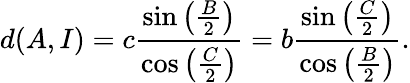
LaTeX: d(A,I)=c{\frac{\sin\left({\frac{B}{2}}\right)}{\cos\left({\frac{C}{2}}\right)}}=b{\frac{\sin\left({\frac{C}{2}}\right)}{\cos\left({\frac{B}{2}}\right)}}.